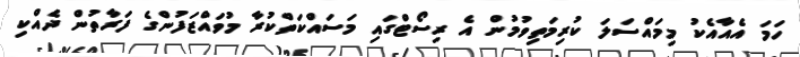
ހަމަ އެއާއެކު މިމައްސަލަ ކުރިމަތިވުމުން އެ ރިސޯޓްގައި މަސައްކަތްކުރާ މުވައްޒަފުންގެ ފަރާތުން ދެއްކި